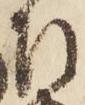
左